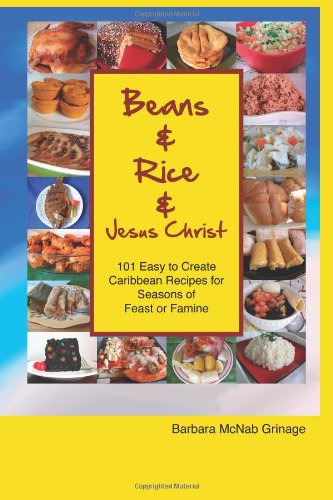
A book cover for Beans and Rice and Jesus Christ: 101 Easy to Create Caribbean Recipes for Seasons of Feast or Famine; Barbara McNab Grinage; Cookbooks, Food & Wine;